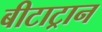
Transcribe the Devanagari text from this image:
बीटाट्रान